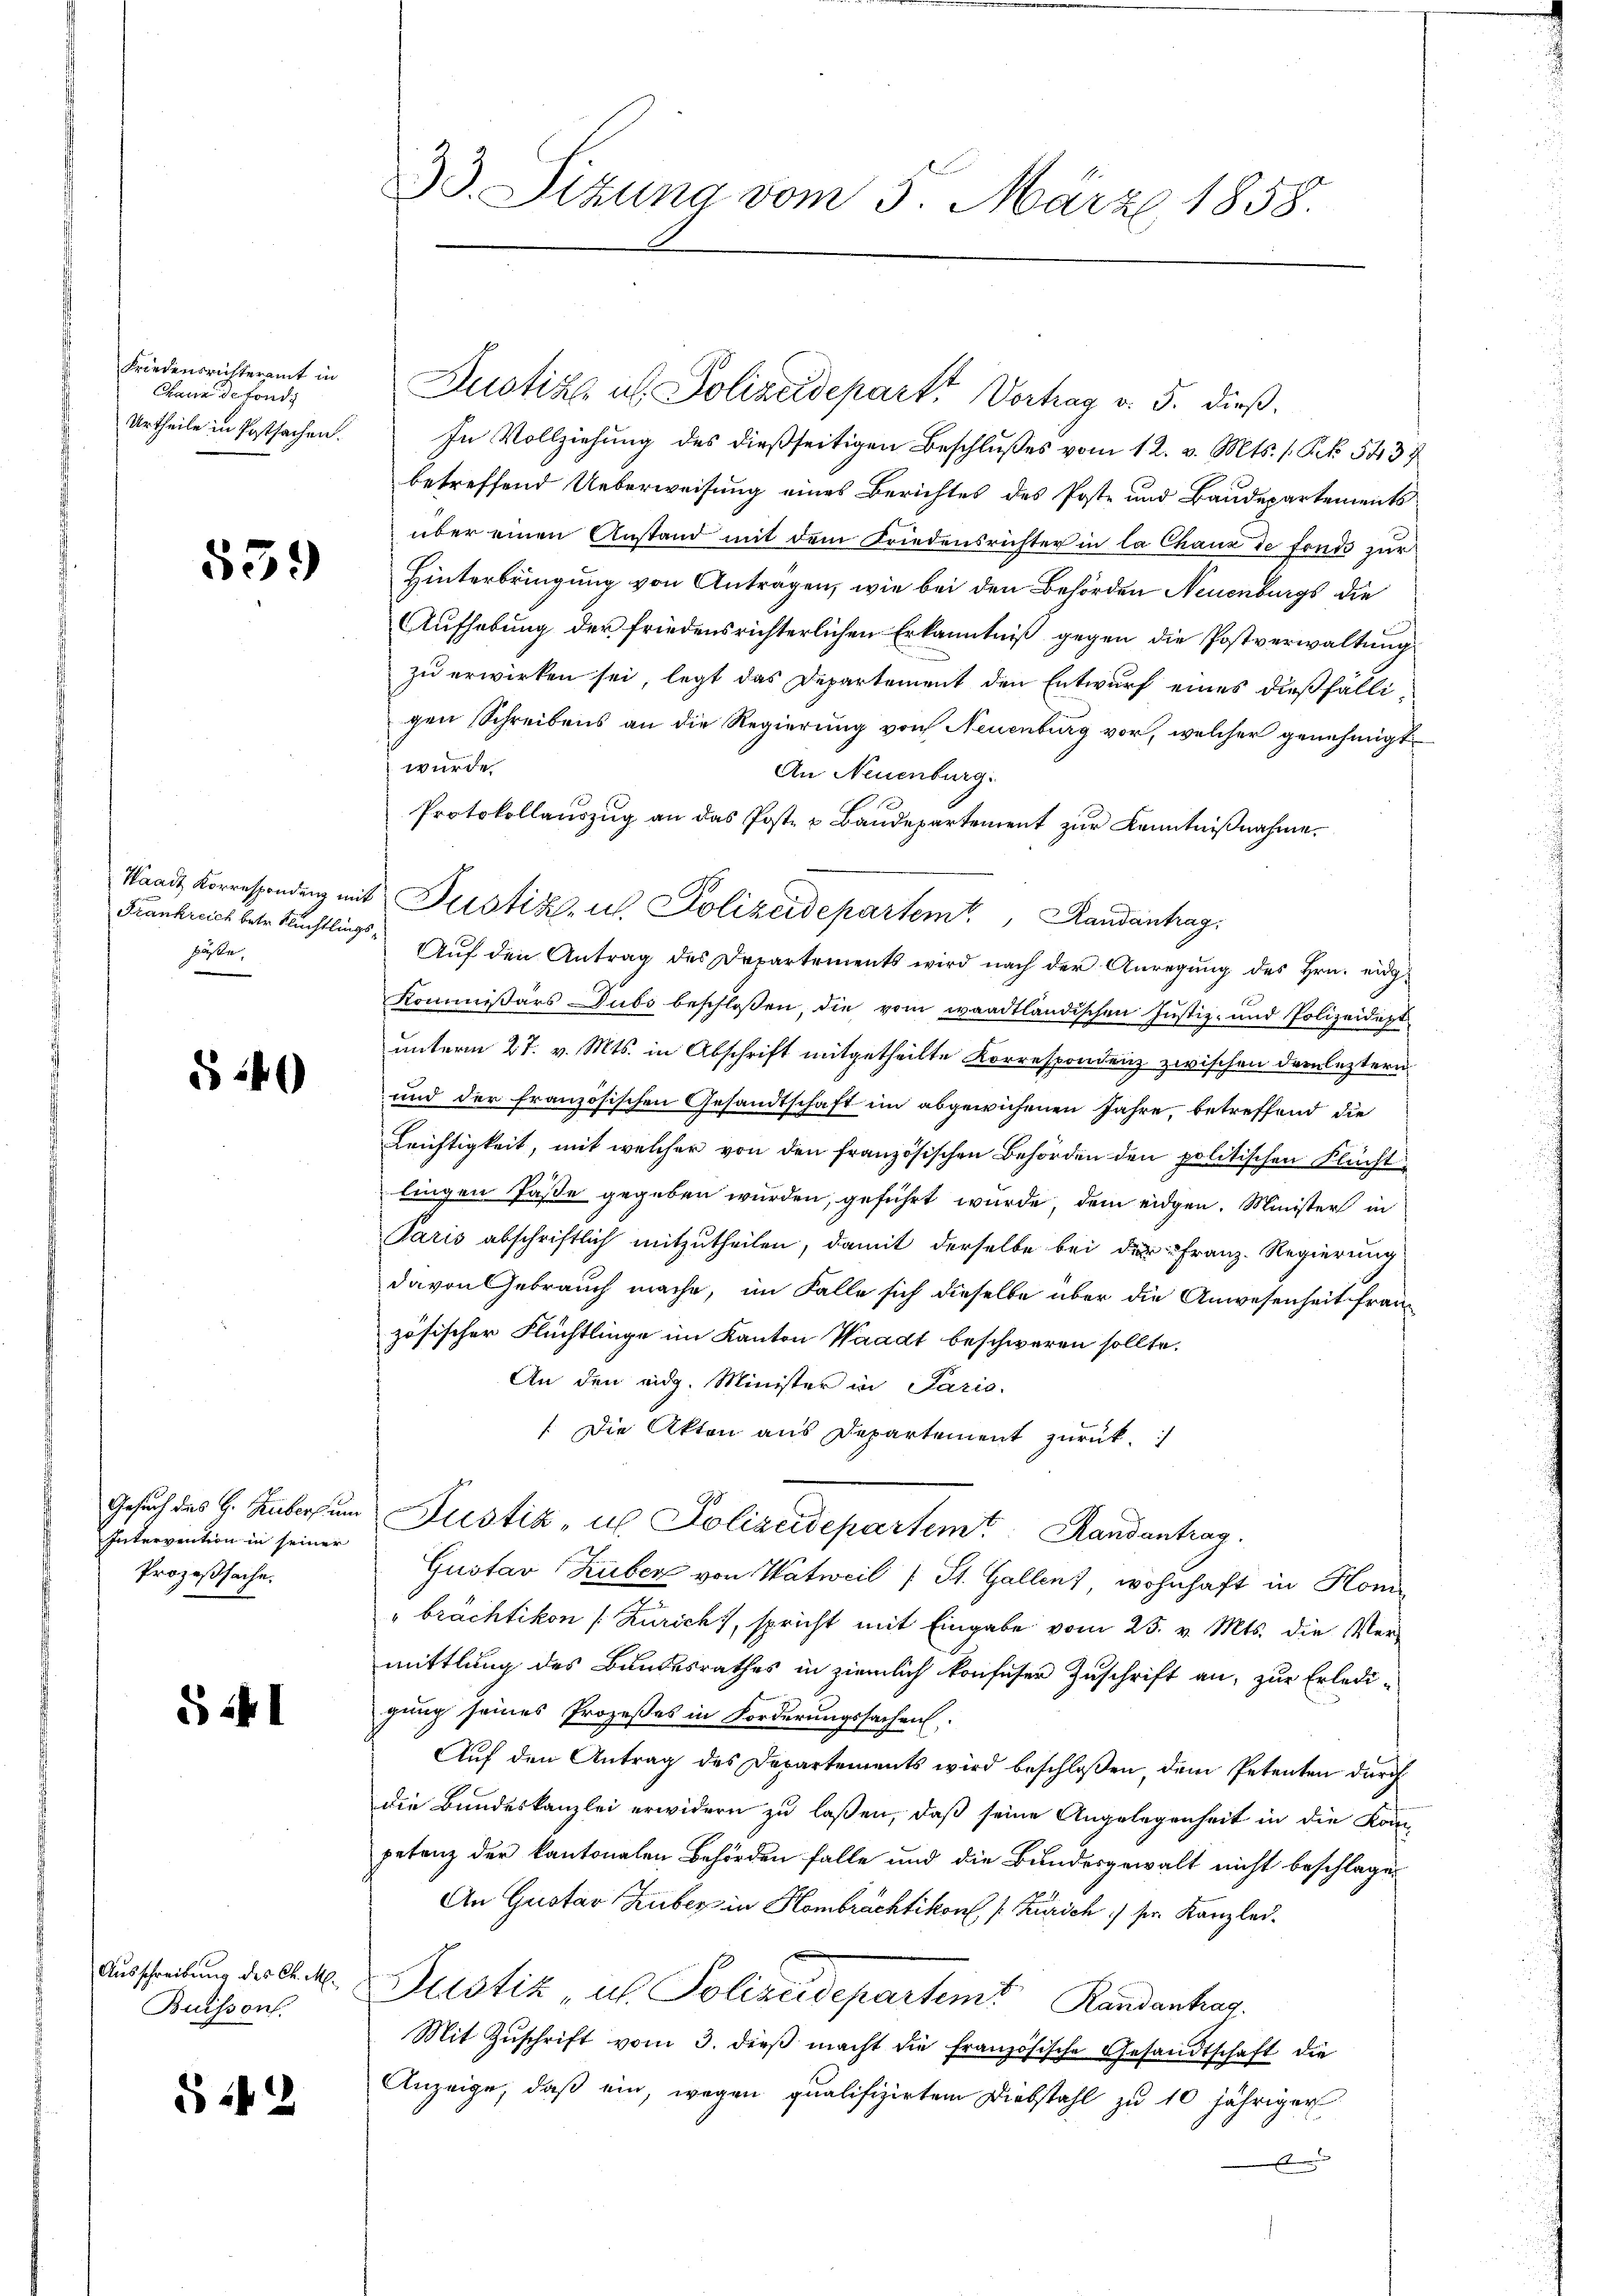
Friedensrichteramt in
Chann de fonds
Urtheile in Postsachen.

539

Waadt Korrespondenz mit
Frankreich betr. Nüchtling
päße

§ 40

Gesuch des H. Hubers um
Intervention in seiner
Prozeßsache.

S 11

Ausschreibung des C. M.
Buisson.

S 142

33. Sitzung vom 5. März 1858.

Justiz u. Polizeideparte Vorhag v. 5. dieß¬
In Vollziehung des dießseitigen Beschlußes vom 12. v. Mts. 1. Frk. 543
betreffend Ueberweisung eines Berichtes des Poste und Baudepartements
über einen Anstand mit dem Friedensrichter in la Chaux de fonds zur
Hinterbringung von Antragen, wie bei den Behörden Neuenburgs die
Aufhebung der friedensrichterlichen Erkanntniß gegen die Postverwaltung
zu erwirken sei, legt das Departement den Entwurf eines dießfälligen Schreibens an die Regierung von Neuenburg vor, welcher genehmigt
wurde
An Neuenburg.
Protokollauszug an das Post- u Baudepartement zur Kenntnißnahme.
Justiz, u. Polizeidepartem Randantrag
Aŭf den Antrag des Departements wird nach der Anregŭng des Hrn. eidg.
Kommißärs Dubs beschlossen, die vom waadtländischen Justiz- und Polizeidept
unterm 27. v. Mts. in Abschrift mitgetheilte Korrespondenz zwischen Darleztern
und der französischen Gesandtschaft im abgewichenen Jahre, betreffend die
Leichtigkeit, mit welcher von den französischen Behörden den politischen Flucht
lingen Pässe gegeben wurden, geführt wurde, dem eidgen. Minister in
Paris abschriftlich mitzutheilen, damit derselbe bei der Franz. Regierung
davon Gebrauch mache, im Falle sich dieselbe über die Anwesenheit französischer Flüchtlinge im Kanton Waadt beschweren sollte.
An den eidg. Minister in Paris.
/ Die Akten aus Departement zurück.
Justiz- u Polizeidepartem Handantrag.
Gustav Huber von Watweil (St. Gallen, wohnhaft in Honi
"brächtikon (Züricht, spricht mit Eingabe vom 25. v. Mts. die Vermittlung des Bundesrathes in ziemlich konfuser Zuschrift an, zur Erledi-
gung seines Prozeßes in Forderungssachen
Auf den Antrag des Departements wird beschloßen, dem Petenten durch
die Bundeskanzlei erwidern zu laßen, daß seine Angelegenheit in die Kom-
petanz der kantonalen Behörden falle und die Bundesgewalt nicht beschlagen
An Gustav Huber in Hombrächtikon, s. Zürich / sr. Kanzlei-
Justiz, u. Polizeidepartemt Randenhag
Mit Zŭschrift vom 3. dieß macht die französische Gesandtschaft die
Anzeige, daß ein, wegen qualifizirten Diebstahl zu 10 jähriger